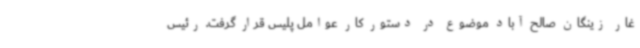
غار زینگان صالح آباد موضوع در دستور کار عوامل پلیس قرار گرفت. رئیس